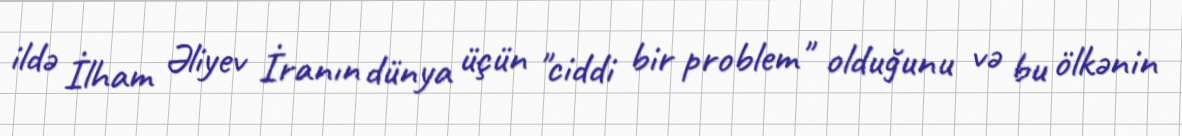
ildə İlham Əliyev İranın dünya üçün "ciddi bir problem" olduğunu və bu ölkənin